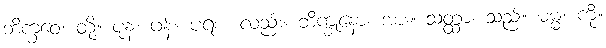
ဘိက္ခဝေ၊ တို့။ ပုန၊ ဖန်။ ပရံစ၊ လည်း။ ဘိက္ခုနော၊ အား။ သတ္ထာ၊ သည်။ ဓမ္မံ၊ ကို။